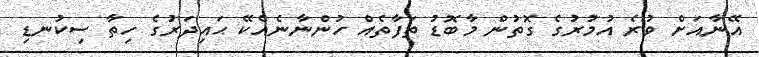
އޭނާއަށް ވުރެ އުމުރުގެ ގޮތުން މާބޮޑު ތަފާތެއް ހުންނާނެއެކޭ ޙައިދަރުގެ ހިތާ ސިކުނޑި